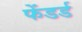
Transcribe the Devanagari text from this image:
फेंडर्ड